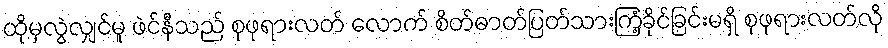
ထိုမှလွဲလျှင်မူ ဖဲင်နီသည် စုဖုရားလတ် လောက် စိတ်ဓာတ်ပြတ်သားကြံ့ခိုင်ခြင်းမရှိ စုဖုရားလတ်လို